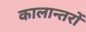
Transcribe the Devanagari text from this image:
कालान्तरों